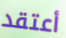
أعتقد